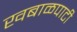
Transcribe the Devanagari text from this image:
खबाळपाटी